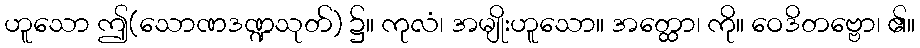
ဟူသော ဤ(သောဏဒဏ္ဍသုတ်) ၌။ ကုလံ၊ အမျိုးဟူသော။ အတ္ထော၊ ကို။ ဝေဒိတဗ္ဗော၊ ၏။